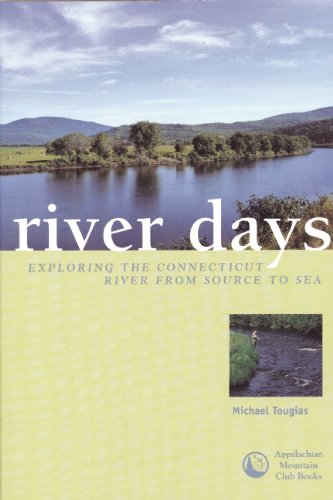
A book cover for River Days: Exploring the Connecticut River from Source to Sea; Michael Tougias; Sports & Outdoors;